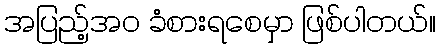
အပြည့်အဝ ခံစားရစေမှာ ဖြစ်ပါတယ်။